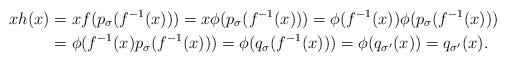
LaTeX: \begin{align*}xh(x)&=xf(p_\sigma( f^{-1}(x)))=x\phi(p_\sigma( f^{-1}(x)))=\phi( f^{-1}(x))\phi(p_\sigma( f^{-1}(x)))\\&=\phi(f^{-1}(x)p_\sigma( f^{-1}(x)))=\phi(q_\sigma( f^{-1}(x)))=\phi(q_{\sigma'}(x))=q_{\sigma'}(x).\end{align*}